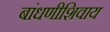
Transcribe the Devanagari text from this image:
बांधणीशिवाय